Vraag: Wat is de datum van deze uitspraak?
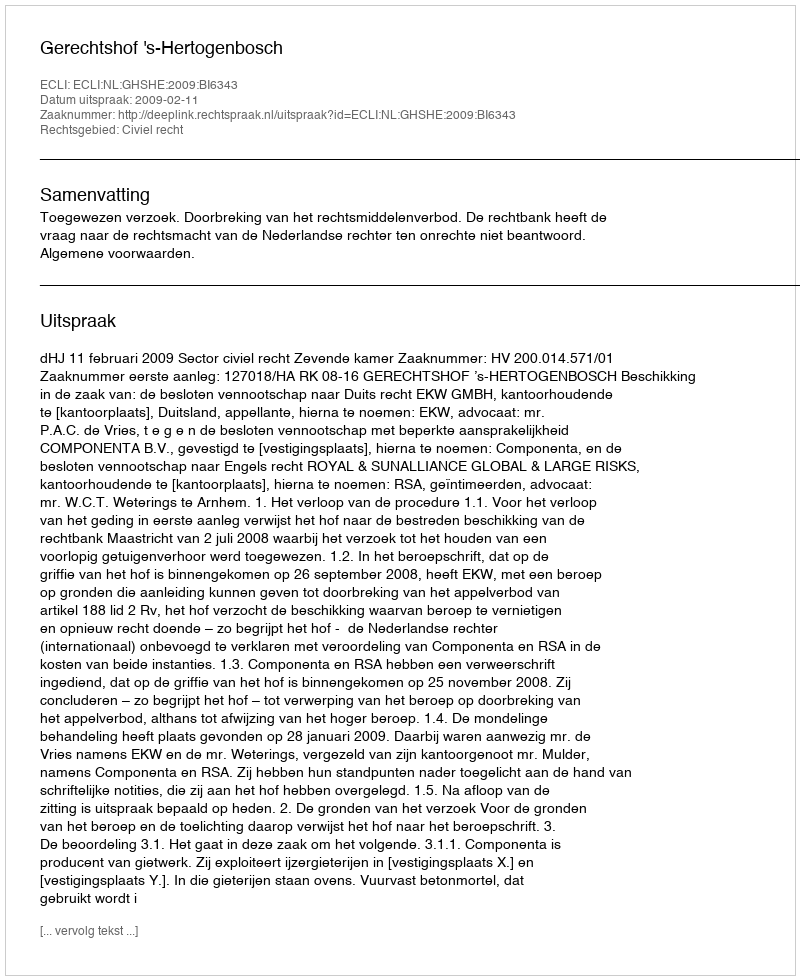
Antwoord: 2009-02-11